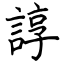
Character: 諄